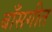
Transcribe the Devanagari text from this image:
बाँसगीत